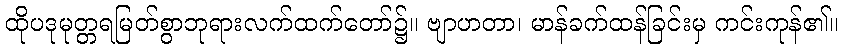
ထိုပဒုမုတ္တရမြတ်စွာဘုရားလက်ထက်တော်၌။ ဗျာဟတာ၊ မာန်ခက်ထန်ခြင်းမှ ကင်းကုန်၏။